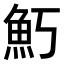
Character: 𬵁